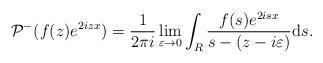
LaTeX: \begin{align*} & \mathcal{P}^- ( f(z) e^{ 2izx}) =\frac{1}{2\pi i}\lim_{\varepsilon \rightarrow 0}\int_{R} \frac{f(s)e^{ 2isx}}{s-(z-i\varepsilon)}\mathrm{d}s.\end{align*}